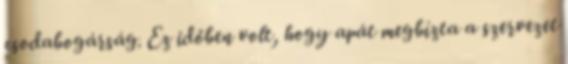
csodabogárság. Ez időben volt, hogy apát megbízta a szervezet